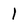
Character: I